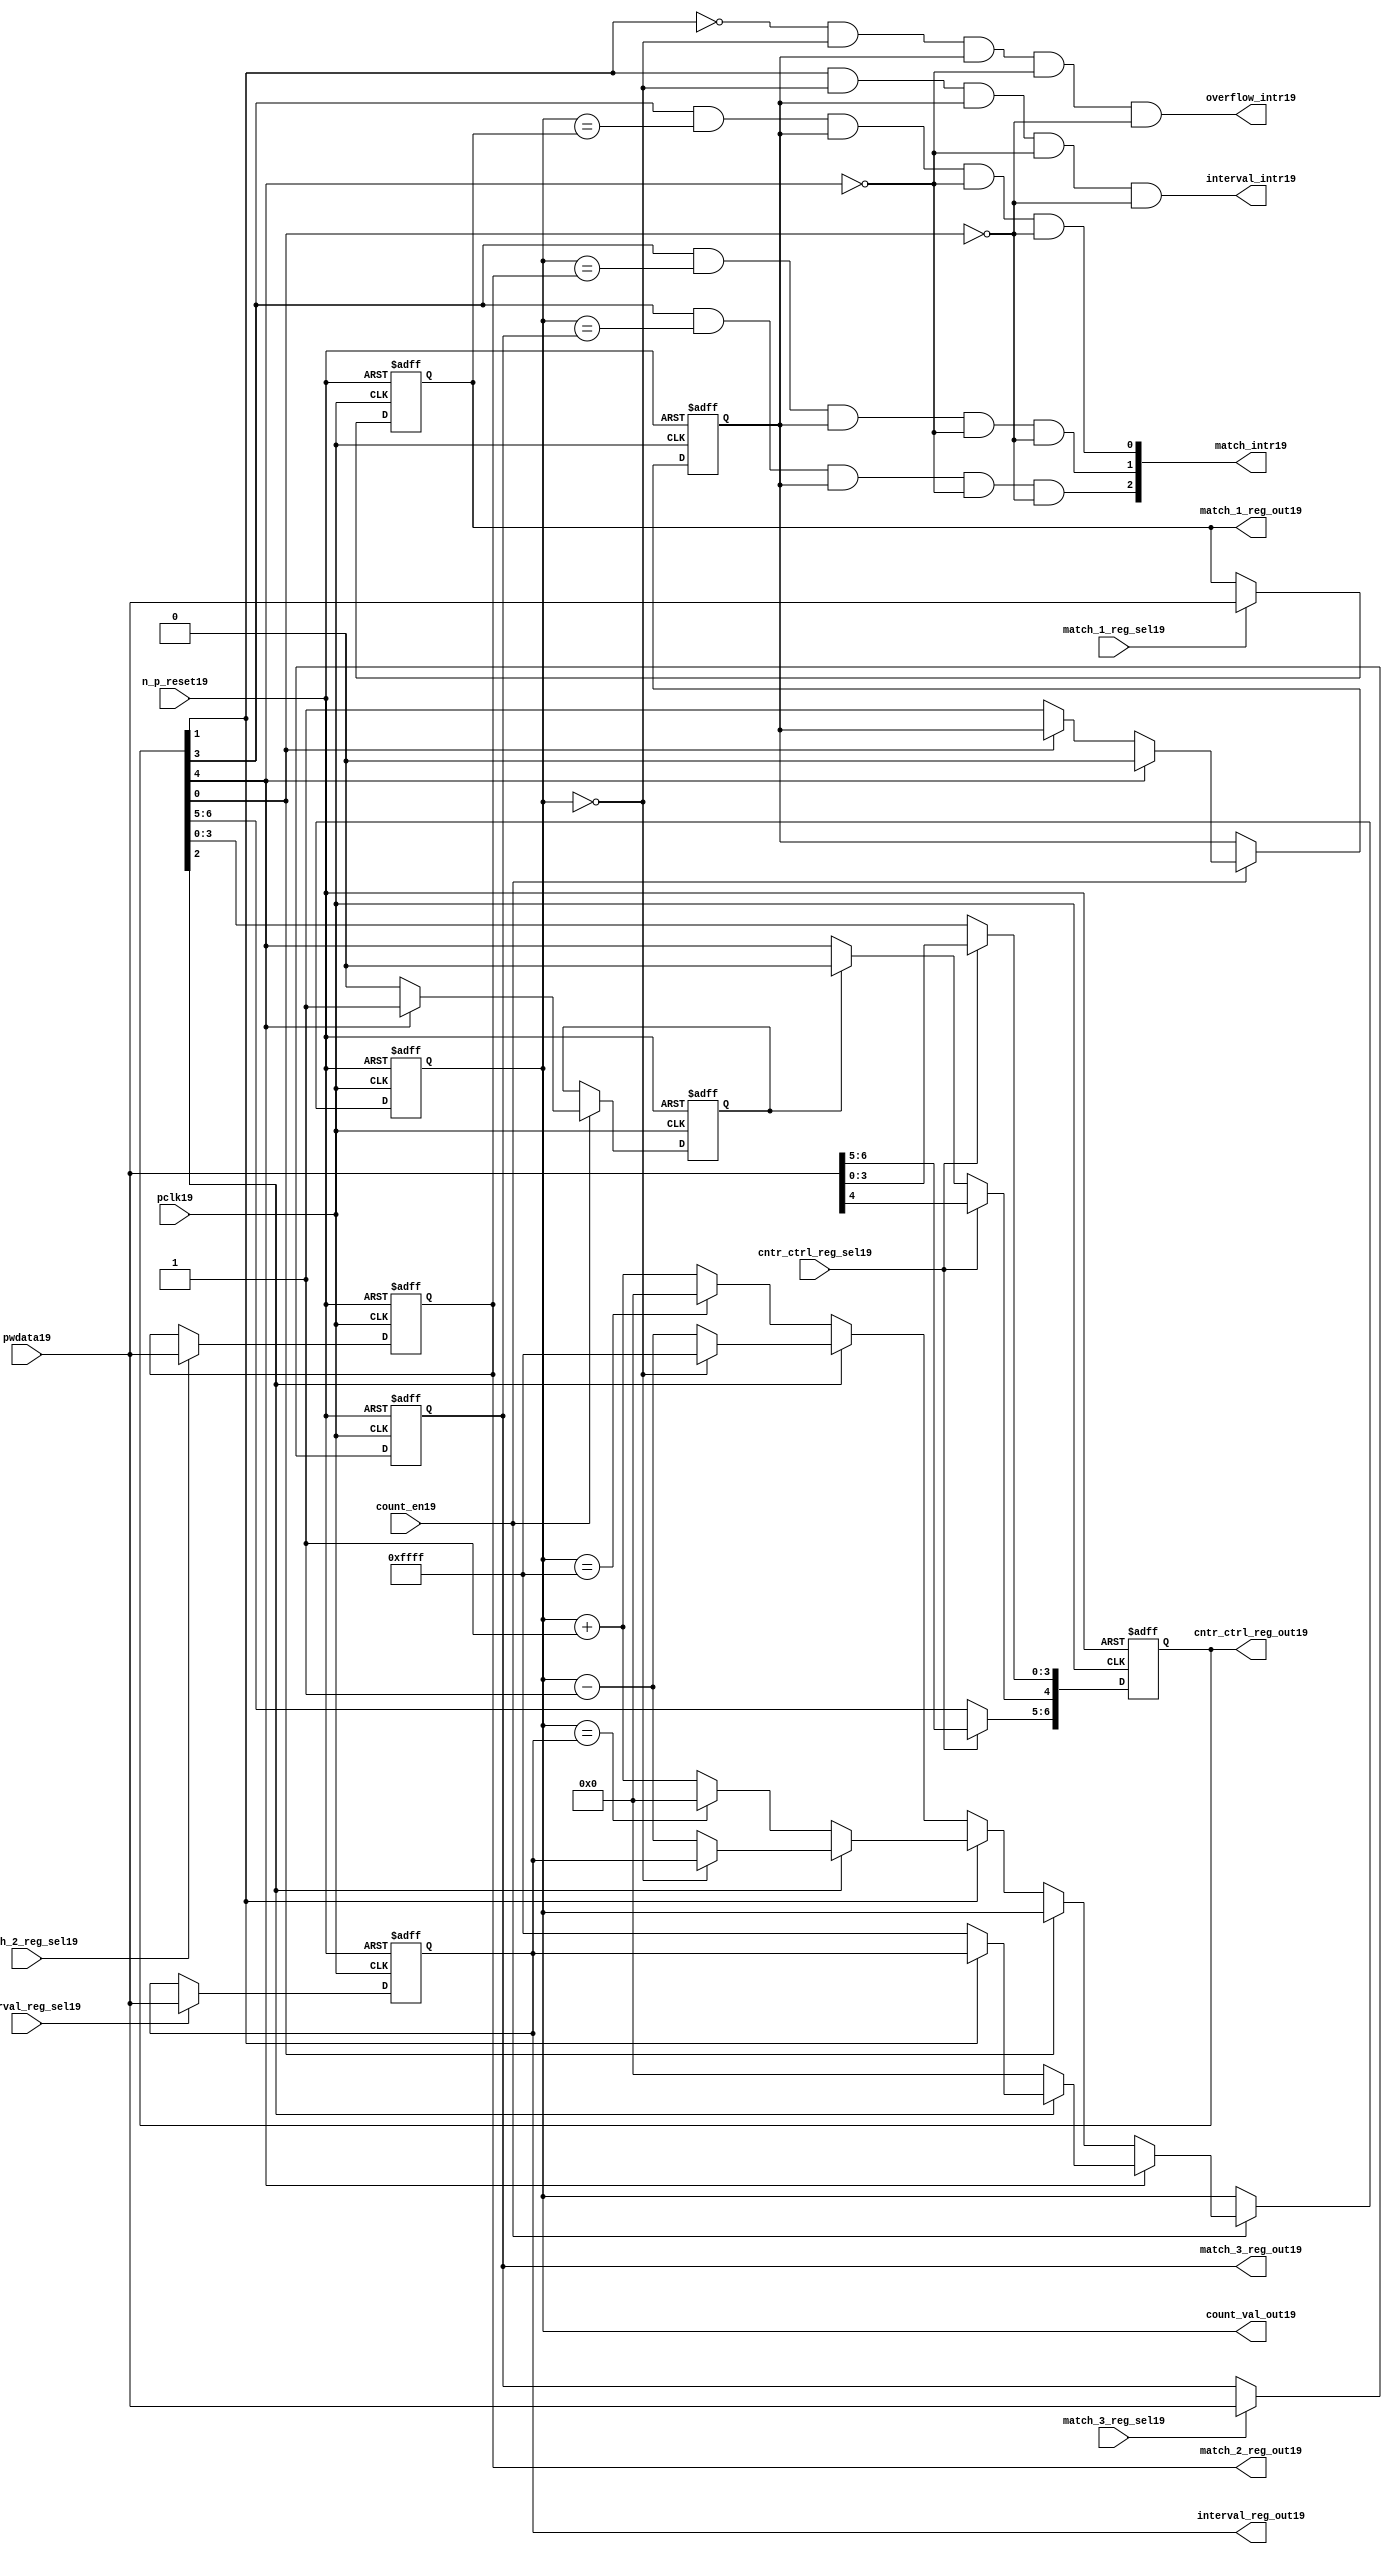
//File19 name   : ttc_counter_lite19.v
//Title19       : 
//Created19     : 1999
//Description19 :The counter can increment and decrement.
//   In increment mode instead of counting19 to its full 16 bit
//   value the counter counts19 up to or down from a programmed19 interval19 value.
//   Interrupts19 are issued19 when the counter overflows19 or reaches19 it's interval19
//   value. In match mode if the count value equals19 that stored19 in one of three19
//   match registers an interrupt19 is issued19.
//Notes19       : 
//----------------------------------------------------------------------
//   Copyright19 1999-2010 Cadence19 Design19 Systems19, Inc19.
//   All Rights19 Reserved19 Worldwide19
//
//   Licensed19 under the Apache19 License19, Version19 2.0 (the
//   "License19"); you may not use this file except19 in
//   compliance19 with the License19.  You may obtain19 a copy of
//   the License19 at
//
//       http19://www19.apache19.org19/licenses19/LICENSE19-2.0
//
//   Unless19 required19 by applicable19 law19 or agreed19 to in
//   writing, software19 distributed19 under the License19 is
//   distributed19 on an "AS19 IS19" BASIS19, WITHOUT19 WARRANTIES19 OR19
//   CONDITIONS19 OF19 ANY19 KIND19, either19 express19 or implied19.  See
//   the License19 for the specific19 language19 governing19
//   permissions19 and limitations19 under the License19.
//----------------------------------------------------------------------
//


module ttc_counter_lite19(

  //inputs19
  n_p_reset19,    
  pclk19,          
  pwdata19,              
  count_en19,
  cntr_ctrl_reg_sel19, 
  interval_reg_sel19,
  match_1_reg_sel19,
  match_2_reg_sel19,
  match_3_reg_sel19,         

  //outputs19    
  count_val_out19,
  cntr_ctrl_reg_out19,
  interval_reg_out19,
  match_1_reg_out19,
  match_2_reg_out19,
  match_3_reg_out19,
  interval_intr19,
  match_intr19,
  overflow_intr19

);


//--------------------------------------------------------------------
// PORT DECLARATIONS19
//--------------------------------------------------------------------

   //inputs19
   input          n_p_reset19;         //reset signal19
   input          pclk19;              //System19 Clock19
   input [15:0]   pwdata19;            //6 Bit19 data signal19
   input          count_en19;          //Count19 enable signal19
   input          cntr_ctrl_reg_sel19; //Select19 bit for ctrl_reg19
   input          interval_reg_sel19;  //Interval19 Select19 Register
   input          match_1_reg_sel19;   //Match19 1 Select19 register
   input          match_2_reg_sel19;   //Match19 2 Select19 register
   input          match_3_reg_sel19;   //Match19 3 Select19 register

   //outputs19
   output [15:0]  count_val_out19;        //Value for counter reg
   output [6:0]   cntr_ctrl_reg_out19;    //Counter19 control19 reg select19
   output [15:0]  interval_reg_out19;     //Interval19 reg
   output [15:0]  match_1_reg_out19;      //Match19 1 register
   output [15:0]  match_2_reg_out19;      //Match19 2 register
   output [15:0]  match_3_reg_out19;      //Match19 3 register
   output         interval_intr19;        //Interval19 interrupt19
   output [3:1]   match_intr19;           //Match19 interrupt19
   output         overflow_intr19;        //Overflow19 interrupt19

//--------------------------------------------------------------------
// Internal Signals19 & Registers19
//--------------------------------------------------------------------

   reg [6:0]      cntr_ctrl_reg19;     // 5-bit Counter19 Control19 Register
   reg [15:0]     interval_reg19;      //16-bit Interval19 Register 
   reg [15:0]     match_1_reg19;       //16-bit Match_119 Register
   reg [15:0]     match_2_reg19;       //16-bit Match_219 Register
   reg [15:0]     match_3_reg19;       //16-bit Match_319 Register
   reg [15:0]     count_val19;         //16-bit counter value register
                                                                      
   
   reg            counting19;          //counter has starting counting19
   reg            restart_temp19;   //ensures19 soft19 reset lasts19 1 cycle    
   
   wire [6:0]     cntr_ctrl_reg_out19; //7-bit Counter19 Control19 Register
   wire [15:0]    interval_reg_out19;  //16-bit Interval19 Register 
   wire [15:0]    match_1_reg_out19;   //16-bit Match_119 Register
   wire [15:0]    match_2_reg_out19;   //16-bit Match_219 Register
   wire [15:0]    match_3_reg_out19;   //16-bit Match_319 Register
   wire [15:0]    count_val_out19;     //16-bit counter value register

//-------------------------------------------------------------------
// Assign19 output wires19
//-------------------------------------------------------------------

   assign cntr_ctrl_reg_out19 = cntr_ctrl_reg19;    // 7-bit Counter19 Control19
   assign interval_reg_out19  = interval_reg19;     // 16-bit Interval19
   assign match_1_reg_out19   = match_1_reg19;      // 16-bit Match_119
   assign match_2_reg_out19   = match_2_reg19;      // 16-bit Match_219 
   assign match_3_reg_out19   = match_3_reg19;      // 16-bit Match_319 
   assign count_val_out19     = count_val19;        // 16-bit counter value
   
//--------------------------------------------------------------------
// Assigning19 interrupts19
//--------------------------------------------------------------------

   assign interval_intr19 =  cntr_ctrl_reg19[1] & (count_val19 == 16'h0000)
      & (counting19) & ~cntr_ctrl_reg19[4] & ~cntr_ctrl_reg19[0];
   assign overflow_intr19 = ~cntr_ctrl_reg19[1] & (count_val19 == 16'h0000)
      & (counting19) & ~cntr_ctrl_reg19[4] & ~cntr_ctrl_reg19[0];
   assign match_intr19[1]  =  cntr_ctrl_reg19[3] & (count_val19 == match_1_reg19)
      & (counting19) & ~cntr_ctrl_reg19[4] & ~cntr_ctrl_reg19[0];
   assign match_intr19[2]  =  cntr_ctrl_reg19[3] & (count_val19 == match_2_reg19)
      & (counting19) & ~cntr_ctrl_reg19[4] & ~cntr_ctrl_reg19[0];
   assign match_intr19[3]  =  cntr_ctrl_reg19[3] & (count_val19 == match_3_reg19)
      & (counting19) & ~cntr_ctrl_reg19[4] & ~cntr_ctrl_reg19[0];


//    p_reg_ctrl19: Process19 to write to the counter control19 registers
//    cntr_ctrl_reg19 decode:  0 - Counter19 Enable19 Active19 Low19
//                           1 - Interval19 Mode19 =1, Overflow19 =0
//                           2 - Decrement19 Mode19
//                           3 - Match19 Mode19
//                           4 - Restart19
//                           5 - Waveform19 enable active low19
//                           6 - Waveform19 polarity19
   
   always @ (posedge pclk19 or negedge n_p_reset19)
   begin: p_reg_ctrl19  // Register writes
      
      if (!n_p_reset19)                                   
      begin                                     
         cntr_ctrl_reg19 <= 7'b0000001;
         interval_reg19  <= 16'h0000;
         match_1_reg19   <= 16'h0000;
         match_2_reg19   <= 16'h0000;
         match_3_reg19   <= 16'h0000;  
      end    
      else 
      begin
         if (cntr_ctrl_reg_sel19)
            cntr_ctrl_reg19 <= pwdata19[6:0];
         else if (restart_temp19)
            cntr_ctrl_reg19[4]  <= 1'b0;    
         else 
            cntr_ctrl_reg19 <= cntr_ctrl_reg19;             

         interval_reg19  <= (interval_reg_sel19) ? pwdata19 : interval_reg19;
         match_1_reg19   <= (match_1_reg_sel19)  ? pwdata19 : match_1_reg19;
         match_2_reg19   <= (match_2_reg_sel19)  ? pwdata19 : match_2_reg19;
         match_3_reg19   <= (match_3_reg_sel19)  ? pwdata19 : match_3_reg19;   
      end
      
   end  //p_reg_ctrl19

   
//    p_cntr19: Process19 to increment or decrement the counter on receiving19 a 
//            count_en19 signal19 from the pre_scaler19. Count19 can be restarted19
//            or disabled and can overflow19 at a specified interval19 value.
   
   
   always @ (posedge pclk19 or negedge n_p_reset19)
   begin: p_cntr19   // Counter19 block

      if (!n_p_reset19)     //System19 Reset19
      begin                     
         count_val19 <= 16'h0000;
         counting19  <= 1'b0;
         restart_temp19 <= 1'b0;
      end
      else if (count_en19)
      begin
         
         if (cntr_ctrl_reg19[4])     //Restart19
         begin     
            if (~cntr_ctrl_reg19[2])  
               count_val19         <= 16'h0000;
            else
            begin
              if (cntr_ctrl_reg19[1])
                 count_val19         <= interval_reg19;     
              else
                 count_val19         <= 16'hFFFF;     
            end
            counting19       <= 1'b0;
            restart_temp19   <= 1'b1;

         end
         else 
         begin
            if (!cntr_ctrl_reg19[0])          //Low19 Active19 Counter19 Enable19
            begin

               if (cntr_ctrl_reg19[1])  //Interval19               
                  if (cntr_ctrl_reg19[2])  //Decrement19        
                  begin
                     if (count_val19 == 16'h0000)
                        count_val19 <= interval_reg19;  //Assumed19 Static19
                     else
                        count_val19 <= count_val19 - 16'h0001;
                  end
                  else                   //Increment19
                  begin
                     if (count_val19 == interval_reg19)
                        count_val19 <= 16'h0000;
                     else           
                        count_val19 <= count_val19 + 16'h0001;
                  end
               else    
               begin  //Overflow19
                  if (cntr_ctrl_reg19[2])   //Decrement19
                  begin
                     if (count_val19 == 16'h0000)
                        count_val19 <= 16'hFFFF;
                     else           
                        count_val19 <= count_val19 - 16'h0001;
                  end
                  else                    //Increment19
                  begin
                     if (count_val19 == 16'hFFFF)
                        count_val19 <= 16'h0000;
                     else           
                        count_val19 <= count_val19 + 16'h0001;
                  end 
               end
               counting19  <= 1'b1;
            end     
            else
               count_val19 <= count_val19;   //Disabled19
   
            restart_temp19 <= 1'b0;
      
         end
     
      end // if (count_en19)

      else
      begin
         count_val19    <= count_val19;
         counting19     <= counting19;
         restart_temp19 <= restart_temp19;               
      end
     
   end  //p_cntr19

endmodule